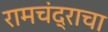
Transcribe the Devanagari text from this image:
रामचंद्राचा